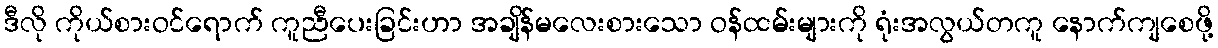
ဒီလို ကိုယ်စားဝင်ရောက် ကူညီပေးခြင်းဟာ အချိန်မလေးစားသော ဝန်ထမ်းများကို ရုံးအလွယ်တကူ နောက်ကျစေဖို့